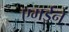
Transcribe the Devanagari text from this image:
एमईने